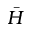
\bar { H }